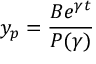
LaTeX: y _ { p } = { \frac { B e ^ { \gamma t } } { P ( \gamma ) } } \qquad